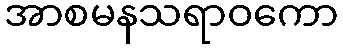
အာစမနသရာဝကော